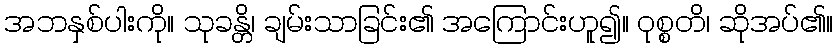
အဘနှစ်ပါးကို။ သုခန္တိ၊ ချမ်းသာခြင်း၏ အကြောင်းဟူ၍။ ဝုစ္စတိ၊ ဆိုအပ်၏။